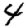
Digit: 4